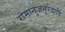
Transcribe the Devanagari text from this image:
रामानुजनूर्रदादि